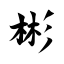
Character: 彬